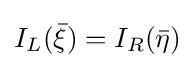
I_{L}({\bar {\xi }})=I_{R}({\bar {\eta }})